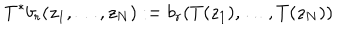
T ^ { * } b _ { r } ( z _ { 1 } , \ldots , z _ { N } ) : = b _ { r } ( T ( z _ { 1 } ) , \ldots , T ( z _ { N } ) )